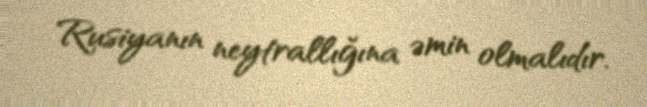
Rusiyanın neytrallığına əmin olmalıdır.